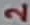
Text: 2